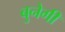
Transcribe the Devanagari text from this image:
बुनेगी